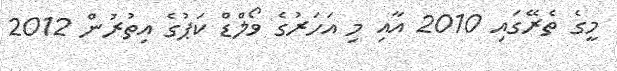
މީގެ ތެރޭގައި 2010 އާއި މި އަހަރުގެ ވޯލްޑް ކަޕުގެ އިތުރުން 2012